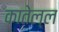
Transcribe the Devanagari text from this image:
कातेल्ल